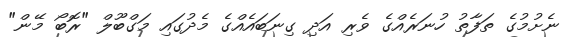
ނެށުމުގެ ތަފާތު ހުނަރެއްގެ ވެރި އަދި ގިނަބައެއްގެ މެދުގައި މަގްބޫލް "ރޮބޯ މޭން"